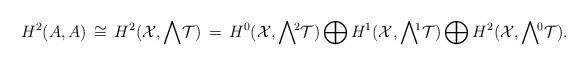
LaTeX: \begin{align*}H^2(A,A) \,\cong \,H^2({\cal X}, {\bigwedge} {\cal T}) \, =\, H^0 ({\cal X}, {\bigwedge}{}\!^2 {\cal T}) \bigoplus H^1({\cal X}, {\bigwedge}{}\!^1 {\cal T}) \bigoplus H^2 ({\cal X}, {\bigwedge}{}\!^0 {\cal T}).\end{align*}